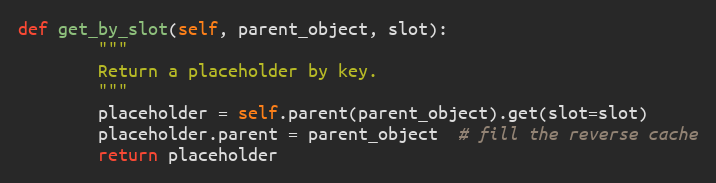
Language: Python
def get_by_slot(self, parent_object, slot):
        """
        Return a placeholder by key.
        """
        placeholder = self.parent(parent_object).get(slot=slot)
        placeholder.parent = parent_object  # fill the reverse cache
        return placeholder